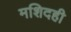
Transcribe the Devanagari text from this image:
मशिदही